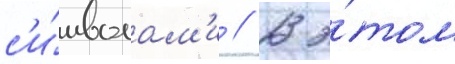
с'и́мволам'и // В э́том